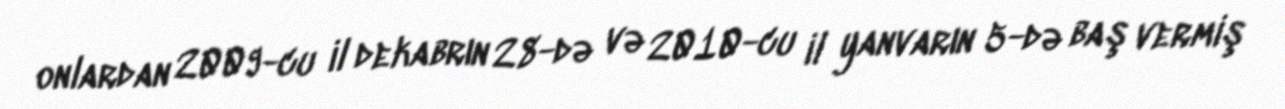
onlardan 2009-cu il dekabrın 28-də və 2010-cu il yanvarın 5-də baş vermiş